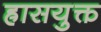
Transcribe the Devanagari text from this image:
ह्रासयुक्त